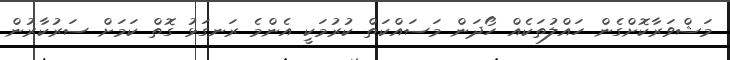
މަޝްވަރާކޮށްގެން ހައްލުތަކެއް ހޯދަން މަސައްކަތް ކުރުމަކީ އެންމެ ރަނގަޅު ގޮތް ކަމަށް ސަރުކާރުން